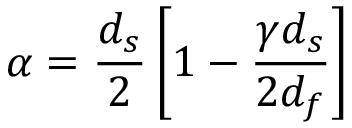
\alpha = \frac { d _ { s } } { 2 } \left[ 1 - \frac { \gamma d _ { s } } { 2 d _ { f } } \right]